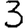
Digit: 3